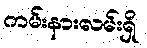
ကမ်းနားလမ်းရှိ